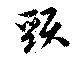
頸